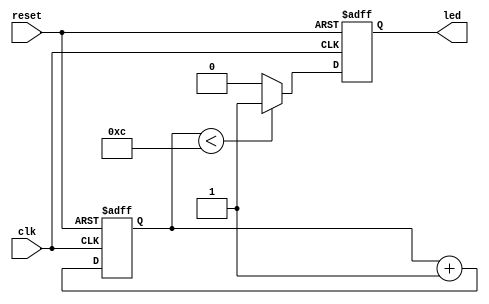
module while_loop_example(
    input wire clk,
    input wire reset,
    output reg led
);

reg [3:0] count;

always @ (posedge clk or posedge reset)
begin
    if (reset) begin
        count <= 4'b0000;
        led <= 1'b0;
    end
    else begin
        count <= count + 1;
        if (count < 4'b1100) begin
            led <= 1'b1;
        end
        else begin
            led <= 1'b0;
        end
    end
end

endmodule